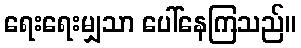
ရေးရေးမျှသာ ပေါ်နေကြသည်။